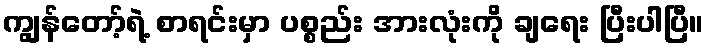
ကျွန်တော့်ရဲ့ စာရင်းမှာ ပစ္စည်း အားလုံးကို ချရေး ပြီးပါပြီ။